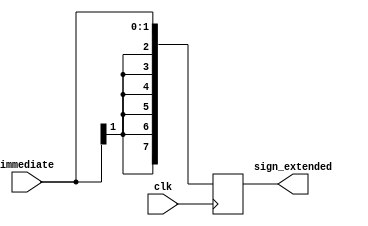
module sign_extension (immediate, sign_extended, clk);
  
  input clk;
  input [1:0] immediate;
  output [7:0] sign_extended;
  
  reg [7:0] sign_extended;
  
  always @(posedge clk) 
    begin
      sign_extended[7:0] <= $signed(immediate);
	end
endmodule
/*
//Testbench
module test();
  reg clk;
  reg [1:0] immediate;
  wire [7:0] sign_extended;
  
  sign_extension SIGN_EXTENSION(
    .clk(clk),
    .immediate(immediate),
    .sign_extended(sign_extended));
  
  initial begin
    $display("Initial conditions");
    clk = 0;
   	immediate = 10;
    
    clk = 1;
    display;
  end
  
 task display;
   #1 $display("immediate=%b, sign_extended=%b, clk=%b", immediate, sign_extended, clk);
 endtask
  
endmodule
*/